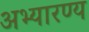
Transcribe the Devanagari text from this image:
अभ्यारण्‍य